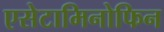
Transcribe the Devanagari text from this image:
एसेटामिनोफिन